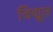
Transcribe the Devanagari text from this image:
विद्यूत